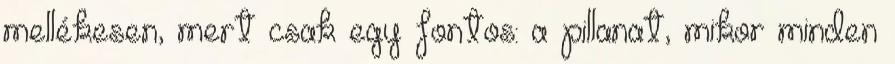
mellékesen, mert csak egy fontos: a pillanat, mikor minden